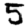
Digit: 5